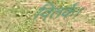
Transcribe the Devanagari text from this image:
वितर्क।